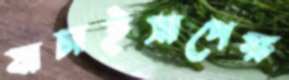
যাচাইসাপেক্ষ